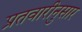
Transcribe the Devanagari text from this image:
प्रतवारीनुसार